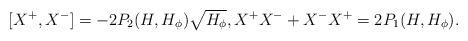
LaTeX: \begin{align*} [X^+, X^-] = -2 P_2(H,H_{\phi}) \sqrt{H_{\phi}}, X^+X^- + X^-X^+ = 2 P_1(H,H_{\phi}). \end{align*}